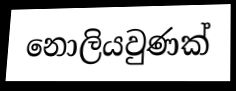
නොලියවුණක්